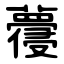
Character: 蘉